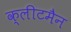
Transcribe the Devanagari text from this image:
क्लीटमैन